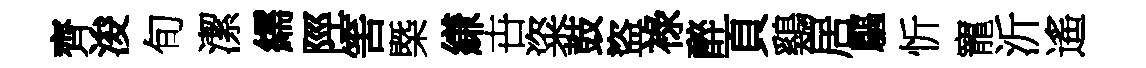
齊浚旬潔繻陘筈㮣縑卋粢鼓盜祿醉頁鷄居驅忻寵沂遙